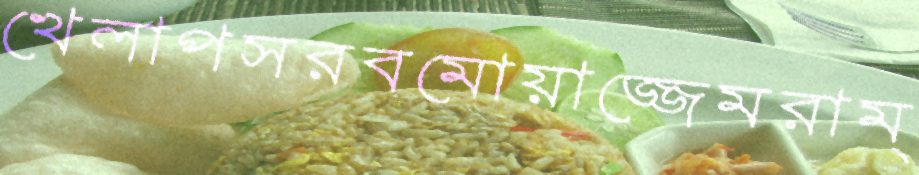
খেলাপসরবমোয়াজ্জেমরাম্